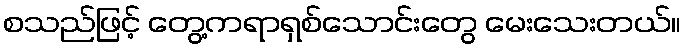
စသည်ဖြင့် တွေ့ကရာရှစ်သောင်းတွေ မေးသေးတယ်။